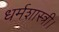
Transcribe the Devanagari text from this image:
धर्मशास्त्री।